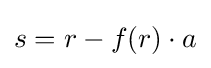
s=r-f(r)\cdot a